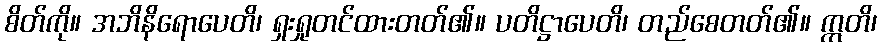
စိတ်ကို။ အဘိနိရောပေတိ၊ ရှးရှုတင်ထားတတ်၏။ ပတိဋ္ဌာပေတိ၊ တည်စေတတ်၏။ ဣတိ၊